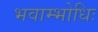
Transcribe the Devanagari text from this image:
भवाम्भोधिः